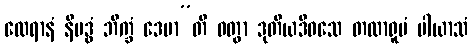
ထေရာနံ နိဗဒ္ဓံ ဘိက္ခံ ဒေမာ”တိ ဝတွာ ဒုတိယဒိဝသေ တထာရူပံ ပါယာသံ